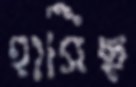
হাসিছ